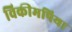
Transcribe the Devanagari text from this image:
विकीमपिया